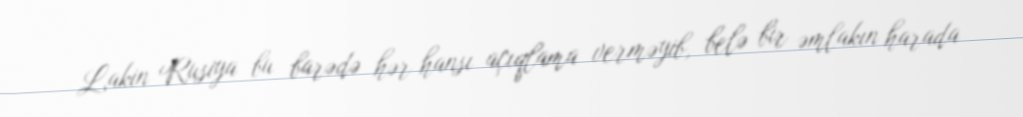
Lakin Rusiya bu barədə hər hansı açıqlama verməyib, belə bir əmlakın harada